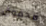
مخفوق